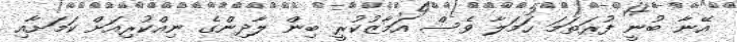
އޭނާ ބުނީ ފުރަތަމަ ހަމަލާ ވެސް އަމާޒުކުރީ ބިން ލާދިންގެ ނިއްކުރިއަށް ކަމަށާއި